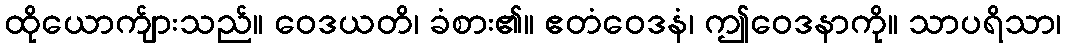
ထိုယောက်ျားသည်။ ဝေဒယတိ၊ ခံစား၏။ ဧတံဝေဒနံ၊ ဤဝေဒနာကို။ သာပရိသာ၊